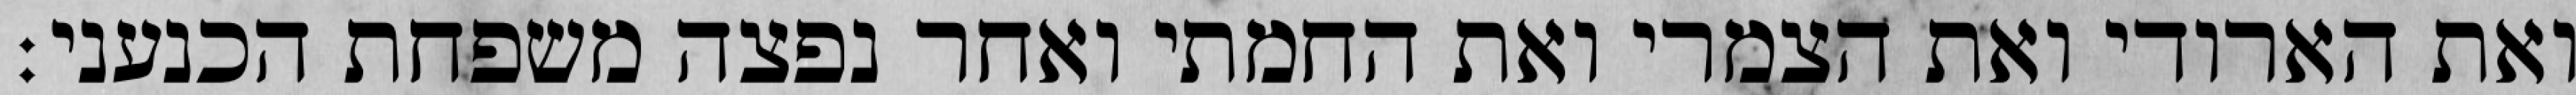
ואת הארודי ואת הצמרי ואת החמתי ואחר נפצה משפחת הכנעני׃